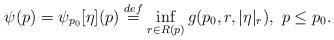
LaTeX: \begin{align*} \psi(p) = \psi_{p_0}[\eta](p) \stackrel{def}{=} \inf_{r \in R(p)} g(p_0, r, |\eta|_r), \ p \le p_0.\end{align*}